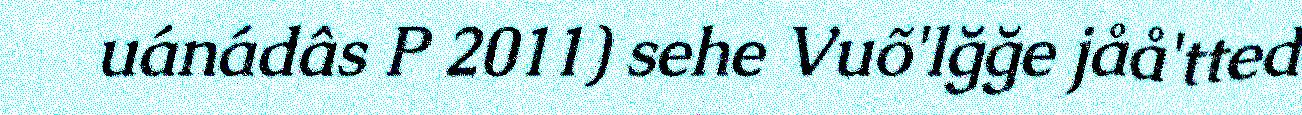
uánádâs P 2011) sehe Vuõ'lğğe jåå'tted